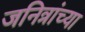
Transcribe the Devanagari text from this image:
जनित्रांच्या